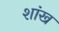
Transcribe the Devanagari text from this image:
शांख